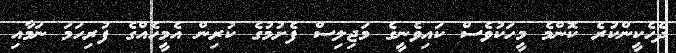
ދެހެކީންކުރެ ކޮންމެ މީހަކުވެސް ކައިވެނީގެ މަޖިލިސް ފެށުމުގެ ކުރިން އެމީހެއްގެ ފުރިހަމަ ނަމާއި